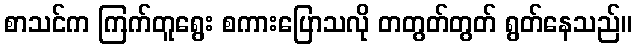
စာသင်က ကြက်တူရွေး စကားပြောသလို တတွတ်တွတ် ရွတ်နေသည်။